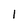
Character: l